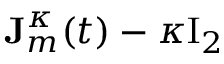
\begin{array} { r l } { \lefteqn { \mathbf { J } _ { m } ^ { \kappa } ( t ) - \kappa \ensuremath { \mathrm { I } _ { 2 } } } } & { { } } \end{array}